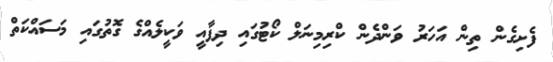
ފެށިގެން ތިން އަހަރު ވަންދެން ކްރިމިނަލް ކޯޓުގައި ދިފާއީ ވަކީލެއްގެ ގޮތުގައި މަސައްކަތް